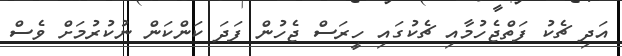
އަދި ޗެކު ފަތްޖެހުމާއި ޗެކުގައި ހީރަސް ޖެހުން ފަދަ ކަންކަން ނުކުރުމަށް ވެސް